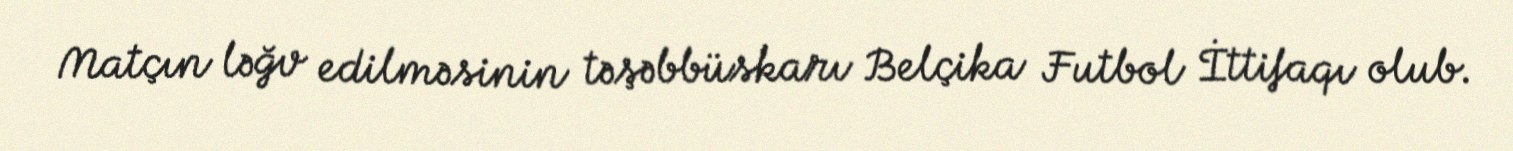
Matçın ləğv edilməsinin təşəbbüskarı Belçika Futbol İttifaqı olub.